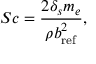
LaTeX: S c = { \frac { 2 \delta _ { s } m _ { e } } { \rho b _ { \mathrm { r e f } } ^ { 2 } } } ,